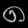
Digit: ၈